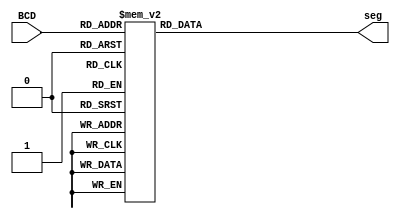
module BCD27segC(
	input [3:0] BCD,
	output reg [6:0] seg
	);
	
	always @(BCD)
	begin
		case (BCD)
			0: seg <= 7'b1111110;
			1: seg <= 7'b0110000;
			2: seg <= 7'b1101101;
			3: seg <= 7'b1111001;
			4: seg <= 7'b0110011;
			5: seg <= 7'b1011011;
			6: seg <= 7'b1011111;
			7: seg <= 7'b1110000;
			8: seg <= 7'b1111111;
			9: seg <= 7'b1111011;
			default: seg <= 7'b0000000;
		endcase
	end
endmodule